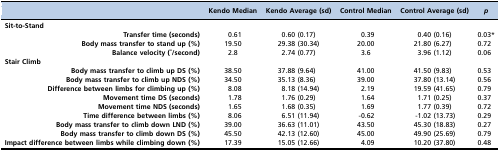
|  | Kendo Median | Kendo Average (sd) | Control Median | Control Average (sd) | p |
 | --- | --- | --- | --- | --- | --- |
 | <COLSPAN=6> Sit-to-Stand |
 | Transfer time (seconds) | 0.61 | 0.60 (0.17) | 0.39 | 0.40 (0.16) | 0.03* |
 | Body mass transfer to stand up (%) | 19.50 | 29.38 (30.34) | 20.00 | 21.80 (6.27) | 0.72 |
 | Balance velocity (°/second) | 2.8 | 2.74 (0.77) | 3.6 | 3.96 (1.12) | 0.06 |
 | <COLSPAN=6> Stair Climb |
 | Body mass transfer to climb up DS (%) | 38.50 | 37.88 (9.64) | 41.00 | 41.50 (9.83) | 0.53 |
 | Body mass transfer to climb up NDS (%) | 34.50 | 35.13 (8.36) | 39.00 | 37.80 (13.14) | 0.56 |
 | Difference between limbs for climbing up (%) | 8.08 | 8.18 (14.94) | 2.19 | 19.59 (41.65) | 0.79 |
 | Movement time DS (seconds) | 1.78 | 1.76 (0.29) | 1.64 | 1.71 (0.25) | 0.37 |
 | Movement time NDS (seconds) | 1.65 | 1.68 (0.35) | 1.69 | 1.77 (0.39) | 0.72 |
 | Time difference between limbs (%) | 8.06 | 6.51 (11.94) | -0.62 | -1.02 (13.73) | 0.29 |
 | Body mass transfer to climb down LND (%) | 39.00 | 36.63 (11.01) | 43.50 | 45.30 (18.83) | 0.27 |
 | Body mass transfer to climb down DS (%) | 45.50 | 42.13 (12.60) | 45.00 | 49.90 (25.69) | 0.79 |
 | Impact difference between limbs while climbing down (%) | 17.39 | 15.05 (12.66) | 4.09 | 10.20 (37.80) | 0.48 |